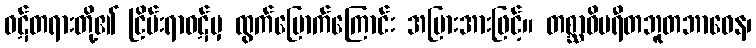
ဝဋ်တရားတို့၏ ငြိမ်းရာဝဋ်မှ ထွက်မြောက်ကြောင်း အပြားအားဖြင့်။ တစ္ဆာဝိပရီတဘူတဘာဝေန၊